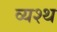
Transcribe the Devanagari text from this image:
व्यश्थ